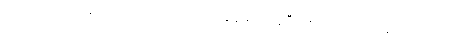
ပါဝင်လုပ်ကိုင်နေသည့် ဝှက်ထားသောအချိန်များ ရှိခဲ့ပြီးဖြစ်သော လူသုံးယောက်တို့သည်